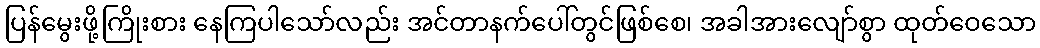
ပြန်မွေးဖို့ကြိုးစား နေကြပါသော်လည်း အင်တာနက်ပေါ်တွင်ဖြစ်စေ၊ အခါအားလျော်စွာ ထုတ်ဝေသော